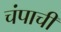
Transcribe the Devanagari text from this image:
चंपाची